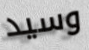
وسيد